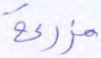
مزرعة